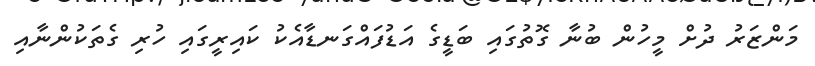
މަންޒަރު ދުށް މީހުން ބުނާ ގޮތުގައި ބަޑީގެ އަޑުފައްގަނޑާއެކު ކައިރީގައި ހުރި ގެތަކުންނާއި